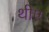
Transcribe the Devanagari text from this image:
थीए